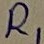
Text: R1